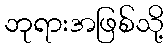
ဘုရားအဖြစ်သို့